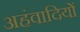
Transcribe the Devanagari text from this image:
अहंवादियों